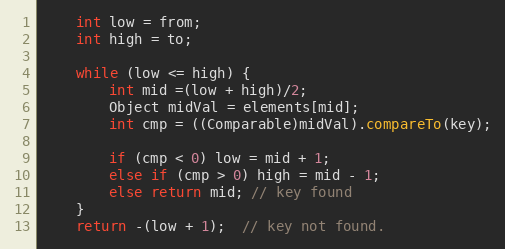
Language: Java
	int low = from;
	int high = to;

	while (low <= high) {
		int mid =(low + high)/2;
		Object midVal = elements[mid];
		int cmp = ((Comparable)midVal).compareTo(key);

		if (cmp < 0) low = mid + 1;
		else if (cmp > 0) high = mid - 1;
		else return mid; // key found
	}
	return -(low + 1);  // key not found.